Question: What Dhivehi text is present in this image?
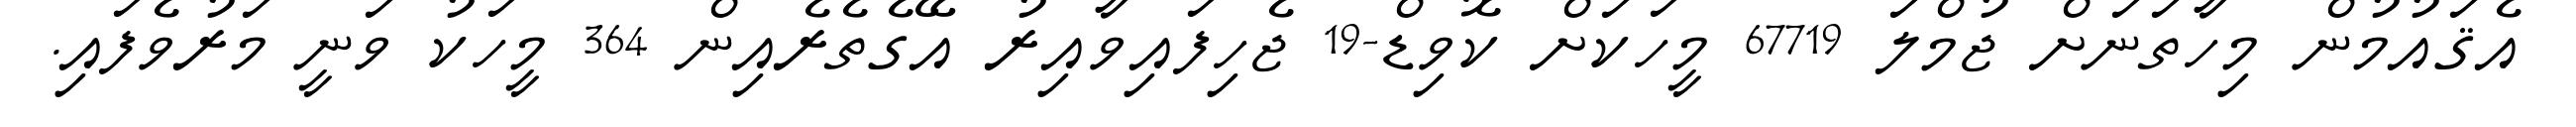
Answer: އެޤައުމުން މިހާތަނަށް ޖުމްލަ 67719 މީހަކަށް ކޮވިޑް-19 ޖެހިފައިވާއިރު އޭގެތެރެއިން 364 މީހަކު ވަނީ މަރުވެފައި.